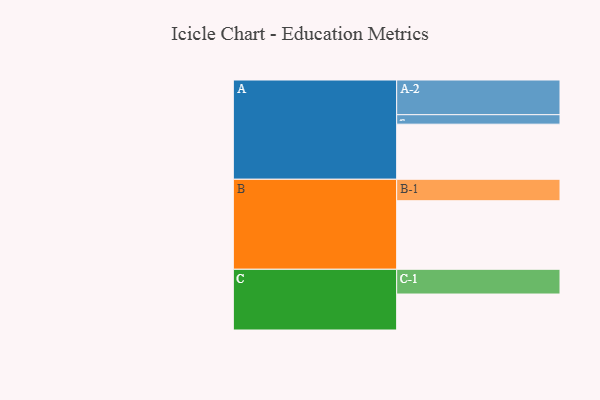
{"axis": {"x": "Segment", "y": "Value"}, "legend": ["", "A", "B", "C"], "data": [{"x": "A", "y": 470, "type": ""}, {"x": "B", "y": 585, "type": ""}, {"x": "C", "y": 307, "type": ""}, {"x": "A-1", "y": 81, "type": "A"}, {"x": "A-2", "y": 296, "type": "A"}, {"x": "B-1", "y": 183, "type": "B"}, {"x": "C-1", "y": 211, "type": "C"}]}